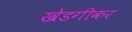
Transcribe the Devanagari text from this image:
खेडगीकर